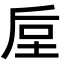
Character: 垕